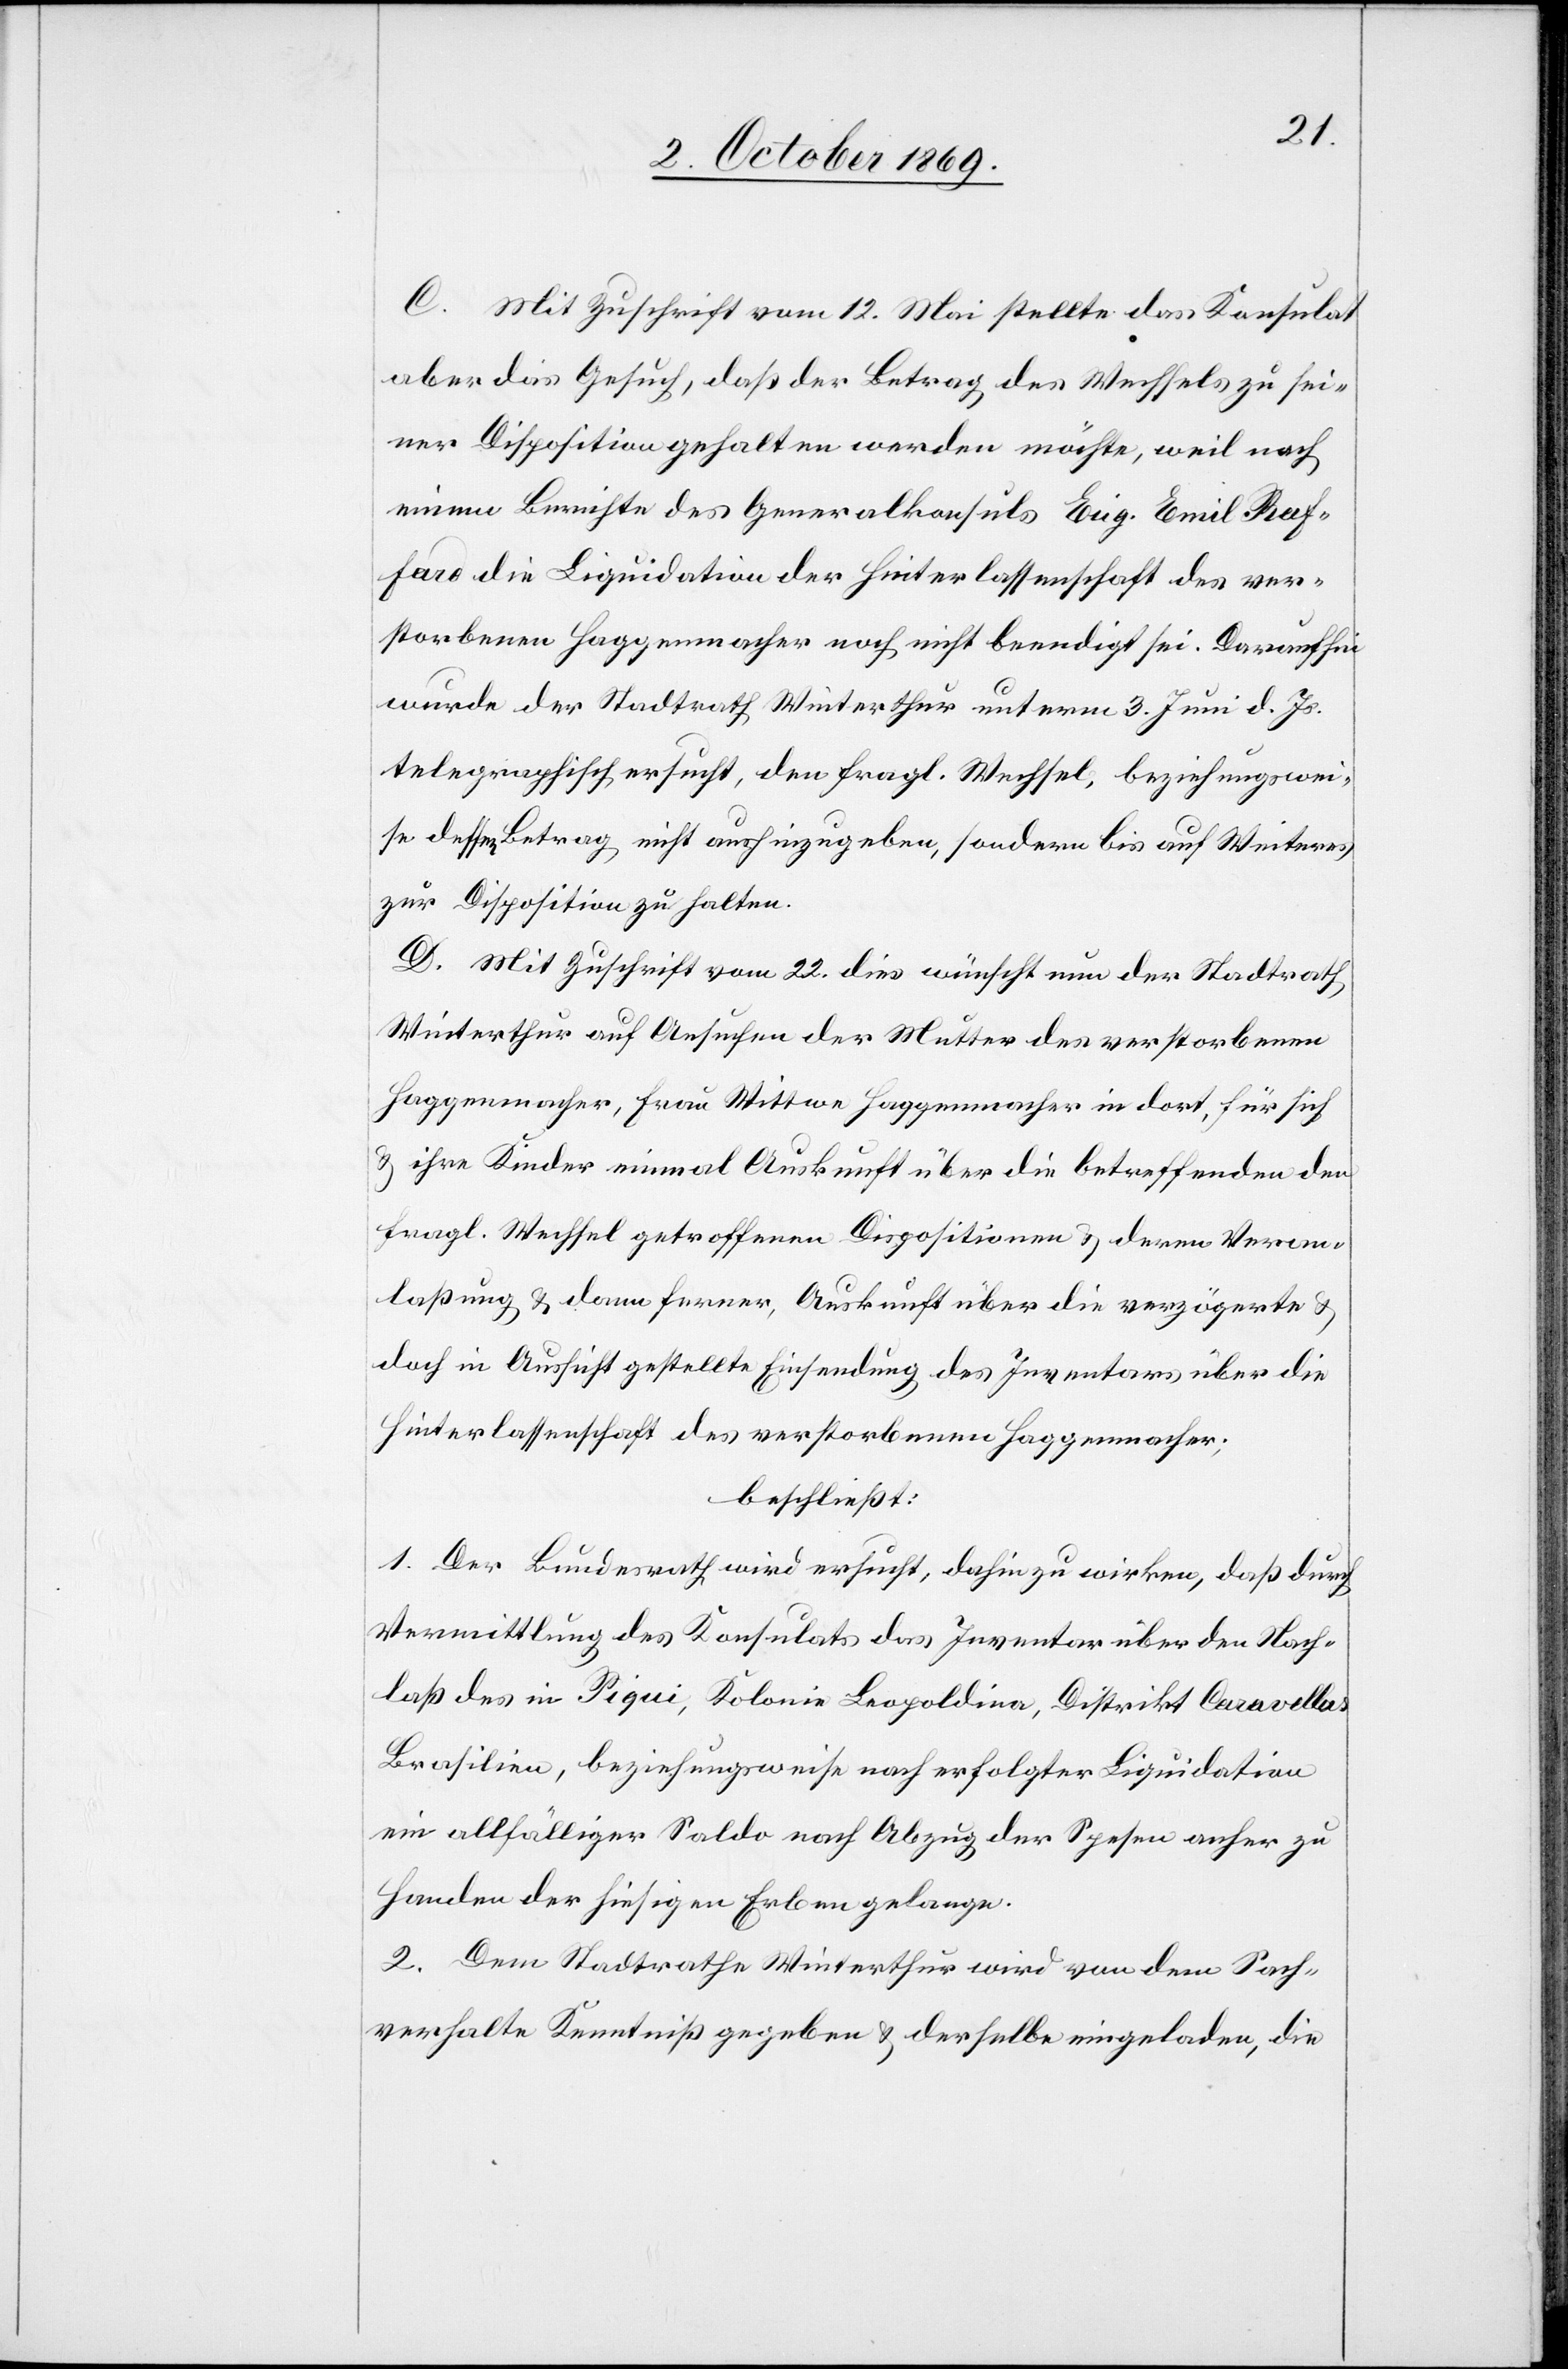
C. Mit Zuschrift vom 12. Mai stellte das Konsulat
aber das Gesuch, daß der Betrag des Wechsels zu sei¬
ner Disposition gehalten werden möchte, weil nach
einem Berichte des Generalkonsuls Eug. Emil Raf¬
fard die Liquidation der Hinterlassenschaft des ver¬
storbenen Haggenmacher noch nicht beendigt sei. Daraufhin
wurde der Stadtrath Winterthur unterm 3. Juni d. Js.
telegraphisch ersucht, den fragl. Wechsel, beziehungswei¬
se dessen Betrag nicht aushinzugeben, sondern bis auf Weiteres
zur Disposition zu halten.
D. Mit Zuschrift vom 22. dies wünscht nun der Stadtrath
Winterthur auf Ansuchen der Mutter des verstorbenen
Haggenmacher, Frau Wittwe Haggenmacher in dort, für sich
& ihre Kinder einmal Auskunft über die betreffenden den
fragl. Wechsel getroffenen Dispositionen & deren Veran¬
laßung & dann ferner, Auskunft über die verzögerte &
doch in Aussicht gestellte Einsendung des Inventars über die
Hinterlassenschaft des verstorbenen Haggenmacher;
beschließt:
1. Der Bundesrath wird ersucht, dahin zu wirken, daß durch
Vermittlung des Konsulats das Inventar über den Nach¬
laß des in Piqui, Kolonie Leopoldina, Distrikt Caravellas
Brasilien, beziehungsweise nach erfolgter Liquidation
ein allfälliger Saldo nach Abzug der Spesen anher zu
Handen der hiesigen Erben gelange.
2. Dem Stadtrathe Winterthur wird von dem Sach¬
verhalte Kenntniß gegeben & derselbe eingeladen, die